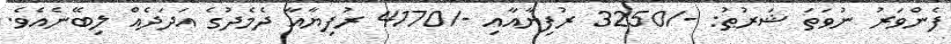
ފެންވަރު ނުވަތަ ޝަރުޠު: -/3250 ރުފިޔާއާއި -/4170 ރުފިޔާއާ ދެމެދުގެ އަދަދެއް ލިބޭނެއެވެ.